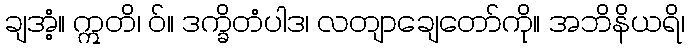
ချအံ့။ ဣတိ၊ ဝ်။ ဒက္ခိတံပါဒ၊ လတျာချေတော်ကို။ အဘိနိယရိ၊